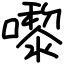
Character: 嚟